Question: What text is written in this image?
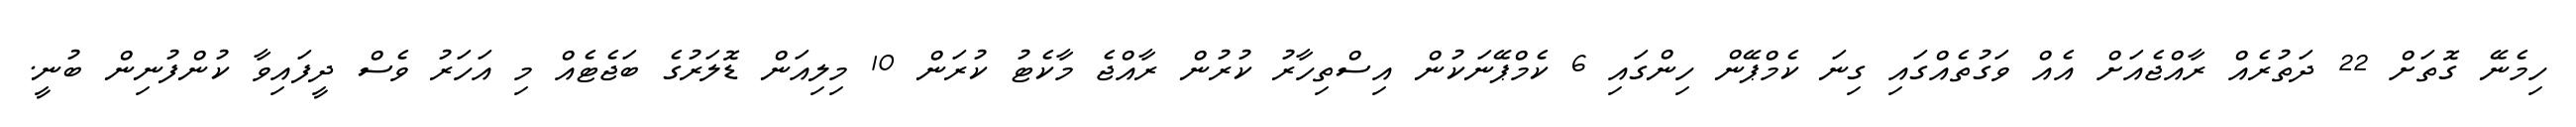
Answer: ހިމެނޭ ގޮތަށް 22 ދަތުރެއް ރާއްޖެއަށް އެއް ވަގުތެއްގައި ގިނަ ކެމްޕޭން ހިންގައި 6 ކެމްޕޭނަކުން އިސްތިހާރު ކުރުން ރާއްޖެ މާކެޓު ކުރަން 10 މިލިއަން ޑޮލަރުގެ ބަޖެޓެއް މި އަހަރު ވެސް ދީފައިވާ ކުންފުނިން ބުނީ.